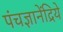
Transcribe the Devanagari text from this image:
पंचज्ञानेंद्रिये